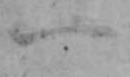
一